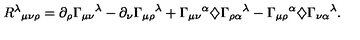
{ R ^ { \lambda } } _ { \mu \nu \rho } = \partial _ { \rho } { \Gamma _ { \mu \nu } } ^ { \lambda } - \partial _ { \nu } { \Gamma _ { \mu \rho } } ^ { \lambda } + { \Gamma _ { \mu \nu } } ^ { \alpha } \diamondsuit { \Gamma _ { \rho \alpha } } ^ { \lambda } - { \Gamma _ { \mu \rho } } ^ { \alpha } \diamondsuit { \Gamma _ { \nu \alpha } } ^ { \lambda } .